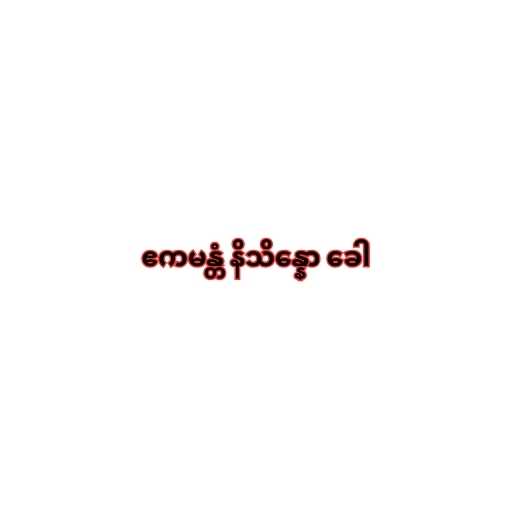
ဧကမန္တံ နိသိန္နော ခေါ